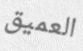
العميق